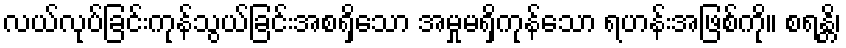
လယ်လုပ်ခြင်းကုန်သွယ်ခြင်းအစရှိသော အမှုမရှိကုန်သော ရဟန်းအဖြစ်ကို။ စရန္တိ၊